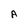
Character: A